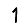
Digit: 1